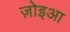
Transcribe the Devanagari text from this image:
ज़ोइआ